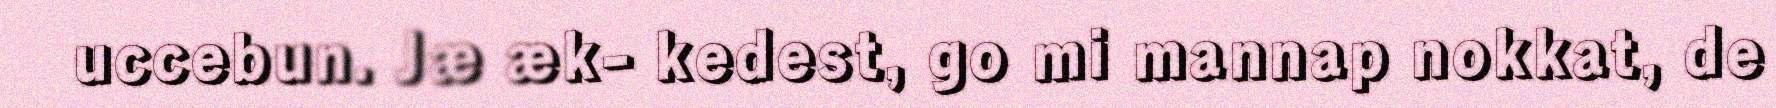
uccebun. Jæ æk- kedest, go mi mannap nokkat, de